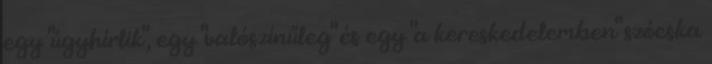
egy "úgyhírlik", egy "valószínűleg" és egy "a kereskedelemben" szócska